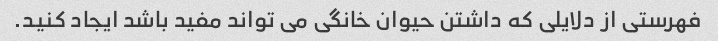
فهرستی از دلایلی که داشتن حیوان خانگی می تواند مفید باشد ایجاد کنید.